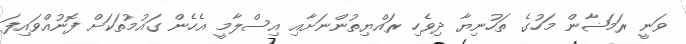
ވަނީ ރަމަޟާން މަހުގެ ތަހުނިޔާ ދިވެހި ރައްޔިތުންނަށާއި އިސްލާމީ އެހެން ގައުމުތަކަށް ފޮނުއްވައިފަ